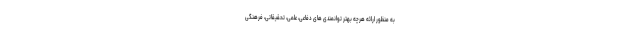
به منظور ارائه هرچه بهتر توانمندی های دفاعی، علمی، تحقیقاتی، فرهنگی